Vaccination returns of the Province of Eastern Bengal and Assam - 1905-1912
Year: 1905
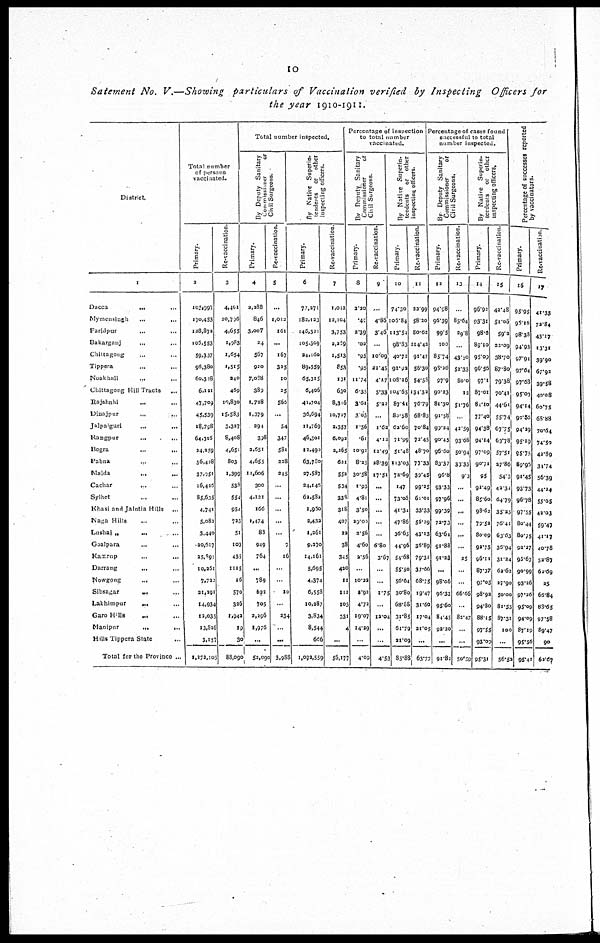
10
Satement No. V.—Showing particulars of Vaccination verified by Inspecting Officers for
the year 1910-1911.
District.
1
Dacca...
...
Mymensingh...
...
Faridpur... ...
Bakarganj...
...
Chittagong... ...
Tippera... ...
Noakhali... ...
Chittagong Hill Tracts... ...
Rajshahi... ...
Dinajpur...
...
Jalpaiguri...
...
Rangpur...
...
Bogra...
...
Pabna... ...
Malda... ...
Cachar...
...
Sylhet... ...
Khasi and Jaintia Hills ...
Naga Hills ... ...
Lushai „
...
...
Goalpara...
...
Kamrup...
...
Darrang...
...
Nowgong...
...
Sibsagar...
...
Lakhimpur... ...
Garo Hills... ...
Manipur...
...
Hills Tippera State... ...
Total for the Province ...
Total number
of persons
vaccinated.
Primary.
2
103,997
170,453
128,872
105,553
59,337
96,380
60,328
6,121
47,709
45,539
18,798
64,316
24,259
56,428
37,251
16,426
85,635
4,741
5,082
3,440
20,617
25,897
10,261
7,722
21,291
14,934
12,035
13,826
3,157
1,272,105
Re-vaccination.
3
4,401
20,796
4,655
1,983
1,654
1,515
240
469
10,830
15,583
3,337
8,408
4,651
803
1,399
538
554
954
723
51
103
435
11.15
16
570
326
1,942
19
30
88,090
Total number inspected.
By Deputy Sanitary
commissioner
or
Civil Surgeons.
Primary.
4
2,288
846
3,007
24
567
920
7,038
389
1,728
1,379
294
398
2,651
4,655
11,606
300
4,121
166
1,474
83
949
764
...
789
622
705
2,296
1,976
...
52,090
Re-vaccination.
5
...
1,012
161
...
167
325
10
25
560
...
54
347
581
228
345
...
...
...
...
...
7
16
...
...
10
...
234
...
...
3,988
By Native Superin-
tendents or other
inspecting officers.
Primary.
6
77,271
182,123
146,321
105,309
24,160
89,559
65,315
6,406
41,704
36,694
11,769
46,301
12,490
63,780
27,587
24,146
62,582
1,960
2,432
1,261
9,270
14,161
5,695
4,374
6,558
10,287
3,834
8,544
666
1,092,559
Re-vaccination.
7
1,012
12,104
3,753
2,269
1,513
853
131
630
8,316
10,727
2,357
6,092
2,265
621
552
534
338
318
407
22
38
345
420
11
111
103
331
4
...
56,177
Percentage of inspection
to total number
vaccinated.
By Deputy Sanitary
Commissioner
or
Civil Surgeons.
Primary.
8
2.20
.40
2.39
.02
.95
.95
11.74
6.35
3.6l
3.03
1.56
.61
10.92
8.25
30.58
1.93
4.81
3.50
29.00
2.56
4.60
2.56
...
10.22
2.92
4.72
19.07
14.29
...
4.09
Re-vaccination.
9
....
4.86
3.46
...
10.09
21.45
4.17
5.33
5.22
...
1.62
4.12
12.49
28.39
17.51
...
...
...
...
...
6.80
3.67
...
...
1.75
...
12.04
...
...
4.53
By Native Superin-
tendents or other
inspecting officers.
Primary.
10
74.30
106.84
113.54
98.83
40.72
92.92
108.36
104.65
87.41
80.58
62.60
71.99
51.48
113.03
72.69
147
73.03
41.34
47.86
36.65
44.96
54.68
55.50
56.64
30.80
68.88
31.85
61.79
21.09
85.88
Re-vaccination.
11
22.99
58.20
80.62
114.42
91.47
56.30
54.58
134.32
76.79
68.83
70.84
72.45
48.70
77.33
39.45
99.25
61.01
33.33
56.29
43.13
36.89
79.31
37.66
68.75
19.47
31.60
17.04
21.05
...
63.77
Percentage of cases found
successful to total
number inspected.
By Deputy Sanitary
Commissioner
or
Civil Surgeons.
Primary.
12
94.98
96.39
99.5
100
85.74
98.26
97.9
90.23
81.30
91.58
99.24
90.45
96.60
83.37
96.8
93.33
97.96
99.39
72.73
63.64
91.88
91.23
...
98.06
96.33
95.60
84.45
92.20
...
91.82
Re-vaccination.
13
...
85.64
29.8
...
43.30
52.33
80.0
12
51.76
...
42.59
93.06
50.94
33.33
9.3
...
...
...
...
...
...
25
...
...
66.66
...
82.47
...
...
50.59
By Native Superin-
tendents or other
inspecting officers.
Primary.
14
96.92
93.31
98.6
89.10
95.09
96.56
97.1
87.01
84.10
77.40
94.38
94.14
97.09
90.71
95
92.49
85.60
98.62
79.52
80.09
92.75
96.11
87.37
97.05
98.92
94.80
88.15
97.55
93.09
95.31
Re-vaccination.
15
43.48
51.06
59.2
22.09
38.70
87.80
79.38
70.41
44.60
55.74
67.75
63.78
57.51
27.86
54.3
42.32
64.79
35.25
76.41
63.63
36.94
31.24
62.62
27.90
50.00
81.55
87.31
100
...
56.52
Percentage of successes reported
by vaccinators.
Primary.
16
95.95
96.16
98.38
94.93
97.94
97.64
97.63
95.03
94.14
90.55
94.29
95.19
95.75
89.95
91.45
93.73
96.78
97.55
80.44
80.75
92.37
95.67
90.99
93.26
97.26
95.09
94.09
87.19
95.56
95.41
Re-vaccination.
17
41.35
72.84
43.17
13.31
39.90
67.92
39.58
40.08
60.75
63.88
70.64
74.50
42.89
34.74
56.39
44.14
55.05
42.03
59.47
41.17
40.78
52.87
61.69
25
66.84
83.65
97.58
89.47
90
62.67